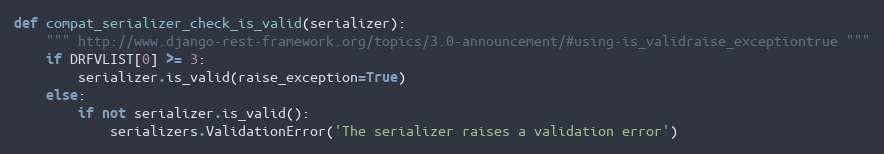
Language: Python
def compat_serializer_check_is_valid(serializer):
    """ http://www.django-rest-framework.org/topics/3.0-announcement/#using-is_validraise_exceptiontrue """
    if DRFVLIST[0] >= 3:
        serializer.is_valid(raise_exception=True)
    else:
        if not serializer.is_valid():
            serializers.ValidationError('The serializer raises a validation error')